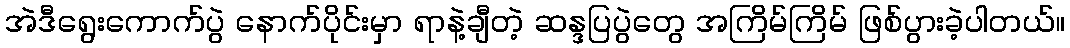
အဲဒီရွေးကောက်ပွဲ နောက်ပိုင်းမှာ ရာနဲ့ချီတဲ့ ဆန္ဒပြပွဲတွေ အကြိမ်ကြိမ် ဖြစ်ပွားခဲ့ပါတယ်။